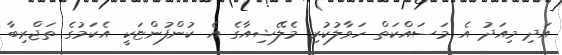
އަދި މިއަދު އެ މަސައްކަތް ހަވާލުކުރި މެލޭޝިއާގެ އެ ކުންފުންޏަކީ އެކަމުގެ ތަޖްރިބާ